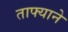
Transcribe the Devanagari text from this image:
ताफ्याने